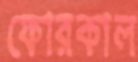
ফোরকাল